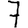
Digit: 7